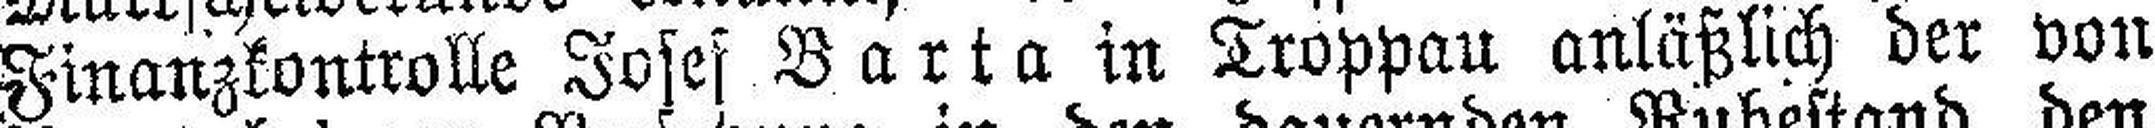
Finanzkontrolle Josef Barta in Troppau anläßlich der von